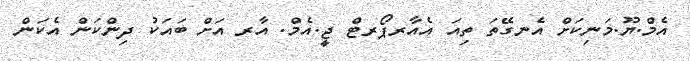
އެމް.ޔޫ.މަނިކަށް އެނގޭތަ ތިއަ އެއާރޕޯރޓް ޖީ.އެމް. އާރ އަށް ބައަކު ދިންކަން އެކަން